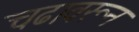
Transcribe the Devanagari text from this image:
चढावरून